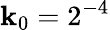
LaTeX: \mathbf{k}_{0}=2^{-4}